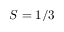
S = 1 / 3